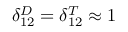
\delta _ { 1 2 } ^ { D } = \delta _ { 1 2 } ^ { T } \approx 1